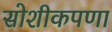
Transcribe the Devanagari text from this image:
सोशीकपणा